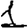
Digit: 1